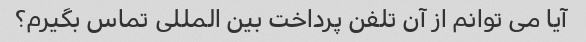
آیا می توانم از آن تلفن پرداخت بین المللی تماس بگیرم؟